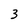
Character: 3